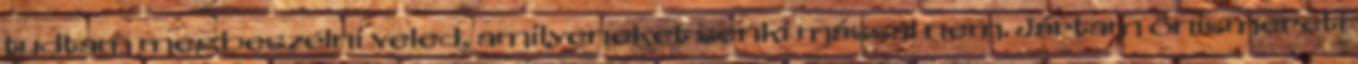
tudtam megbeszélni veled, amilyeneket senki mással nem. Jártam önismereti